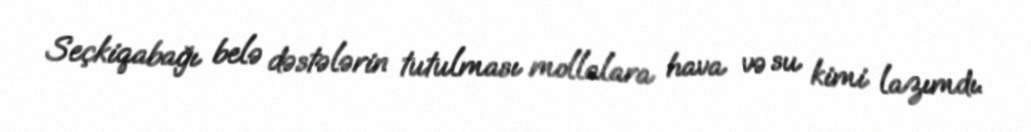
Seçkiqabağı belə dəstələrin tutulması mollalara hava və su kimi lazımdı.